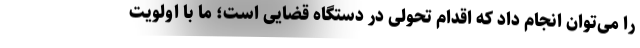
را می‌توان انجام داد که اقدام تحولی در دستگاه قضایی است؛ ما با اولویت